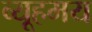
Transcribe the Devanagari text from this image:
व्यूहमय